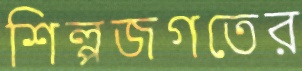
শিল্পজগতের